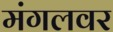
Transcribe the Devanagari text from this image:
मंगलवर